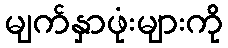
မျက်နှာဖုံးများကို